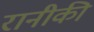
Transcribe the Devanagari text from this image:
रानीकी